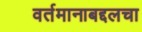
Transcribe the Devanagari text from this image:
वर्तमानाबद्दलचा